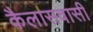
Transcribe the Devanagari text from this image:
कैलासवासी